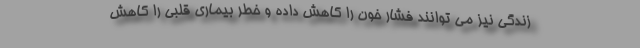
زندگی نیز می توانند فشار خون را کاهش داده و خطر بیماری قلبی را کاهش